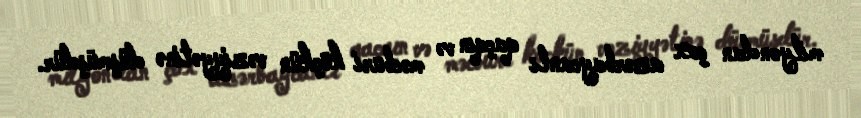
milyondan çox azərbaycanlı qaçqın və məcburi köçkün vəziyyətinə düşmüşdür.